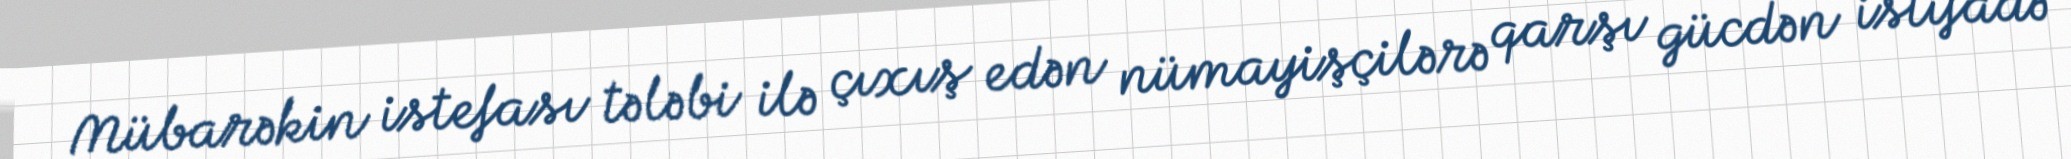
Mübarəkin istefası tələbi ilə çıxış edən nümayişçilərə qarşı gücdən istifadə